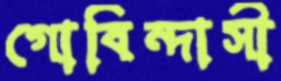
গোবিন্দাসী